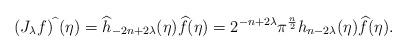
LaTeX: \begin{gather*}(J_\lambda f)^{\widehat \ }(\eta) = \widehat h_{-2n+2\lambda}(\eta) \widehat f(\eta)=2^{-n+2\lambda} \pi^{\frac{n}{2}} h_{n-2\lambda}(\eta) \widehat f(\eta).\end{gather*}